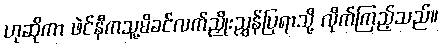
ဟုဆိုကာ ဖဲင်နီကသူ့မိခင်လက်ညှိုးညွှန်ပြရာသို့ လိုက်ကြည့်သည်။